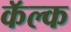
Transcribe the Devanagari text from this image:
कॅल्क